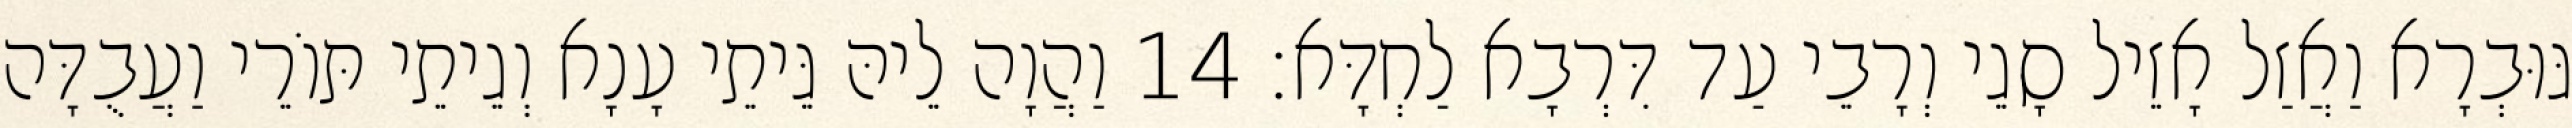
גּוּבְרָא וַאֲזַל אָזֵיל סָגֵי וְרָבֵי עַד דִּרְבָא לַחְדָּא׃ 14 וַהֲוָה לֵיהּ גֵּיתֵי עָנָא וְגֵיתֵי תּוֹרֵי וַעֲבֻדָּה